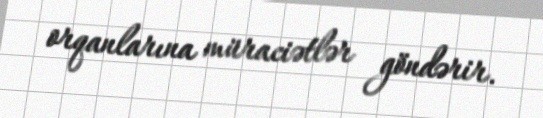
orqanlarına müraciətlər göndərir.